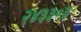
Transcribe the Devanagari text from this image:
२४३३०३